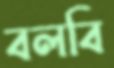
বলবি